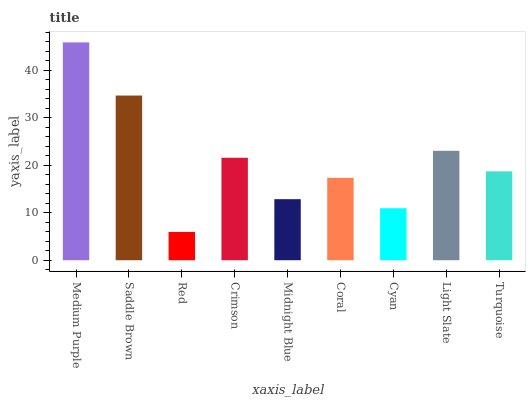
| xaxis_label | bars |
 | --- | --- |
 | Medium Purple | 45.8 |
 | Saddle Brown | 34.6 |
 | Red | 5.95 |
 | Crimson | 21.6 |
 | Midnight Blue | 12.8 |
 | Coral | 17.3 |
 | Cyan | 10.9 |
 | Light Slate | 23 |
 | Turquoise | 18.7 |